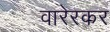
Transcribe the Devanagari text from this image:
वारेरकर